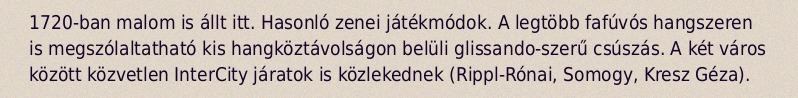
1720-ban malom is állt itt. Hasonló zenei játékmódok. A legtöbb fafúvós hangszeren is megszólaltatható kis hangköztávolságon belüli glissando-szerű csúszás. A két város között közvetlen InterCity járatok is közlekednek (Rippl-Rónai, Somogy, Kresz Géza).